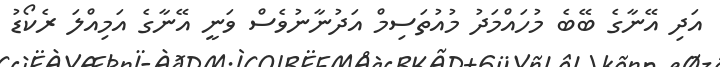
އަދި އޭނާގެ ބޭބެ މުހައްމަދު މުއުތަސިމް އަދުނާނުވެސް ވަނީ އޭނާގެ އަމިއްލަ ރެކޯޑު